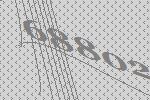
68802